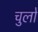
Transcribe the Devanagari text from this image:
चुलो